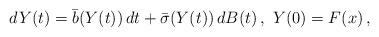
LaTeX: \begin{align*}dY(t)=\bar{b}(Y(t)) \, dt +\bar{\sigma}(Y(t))\, dB(t)\,,\,\, Y(0)=F(x)\,,\end{align*}